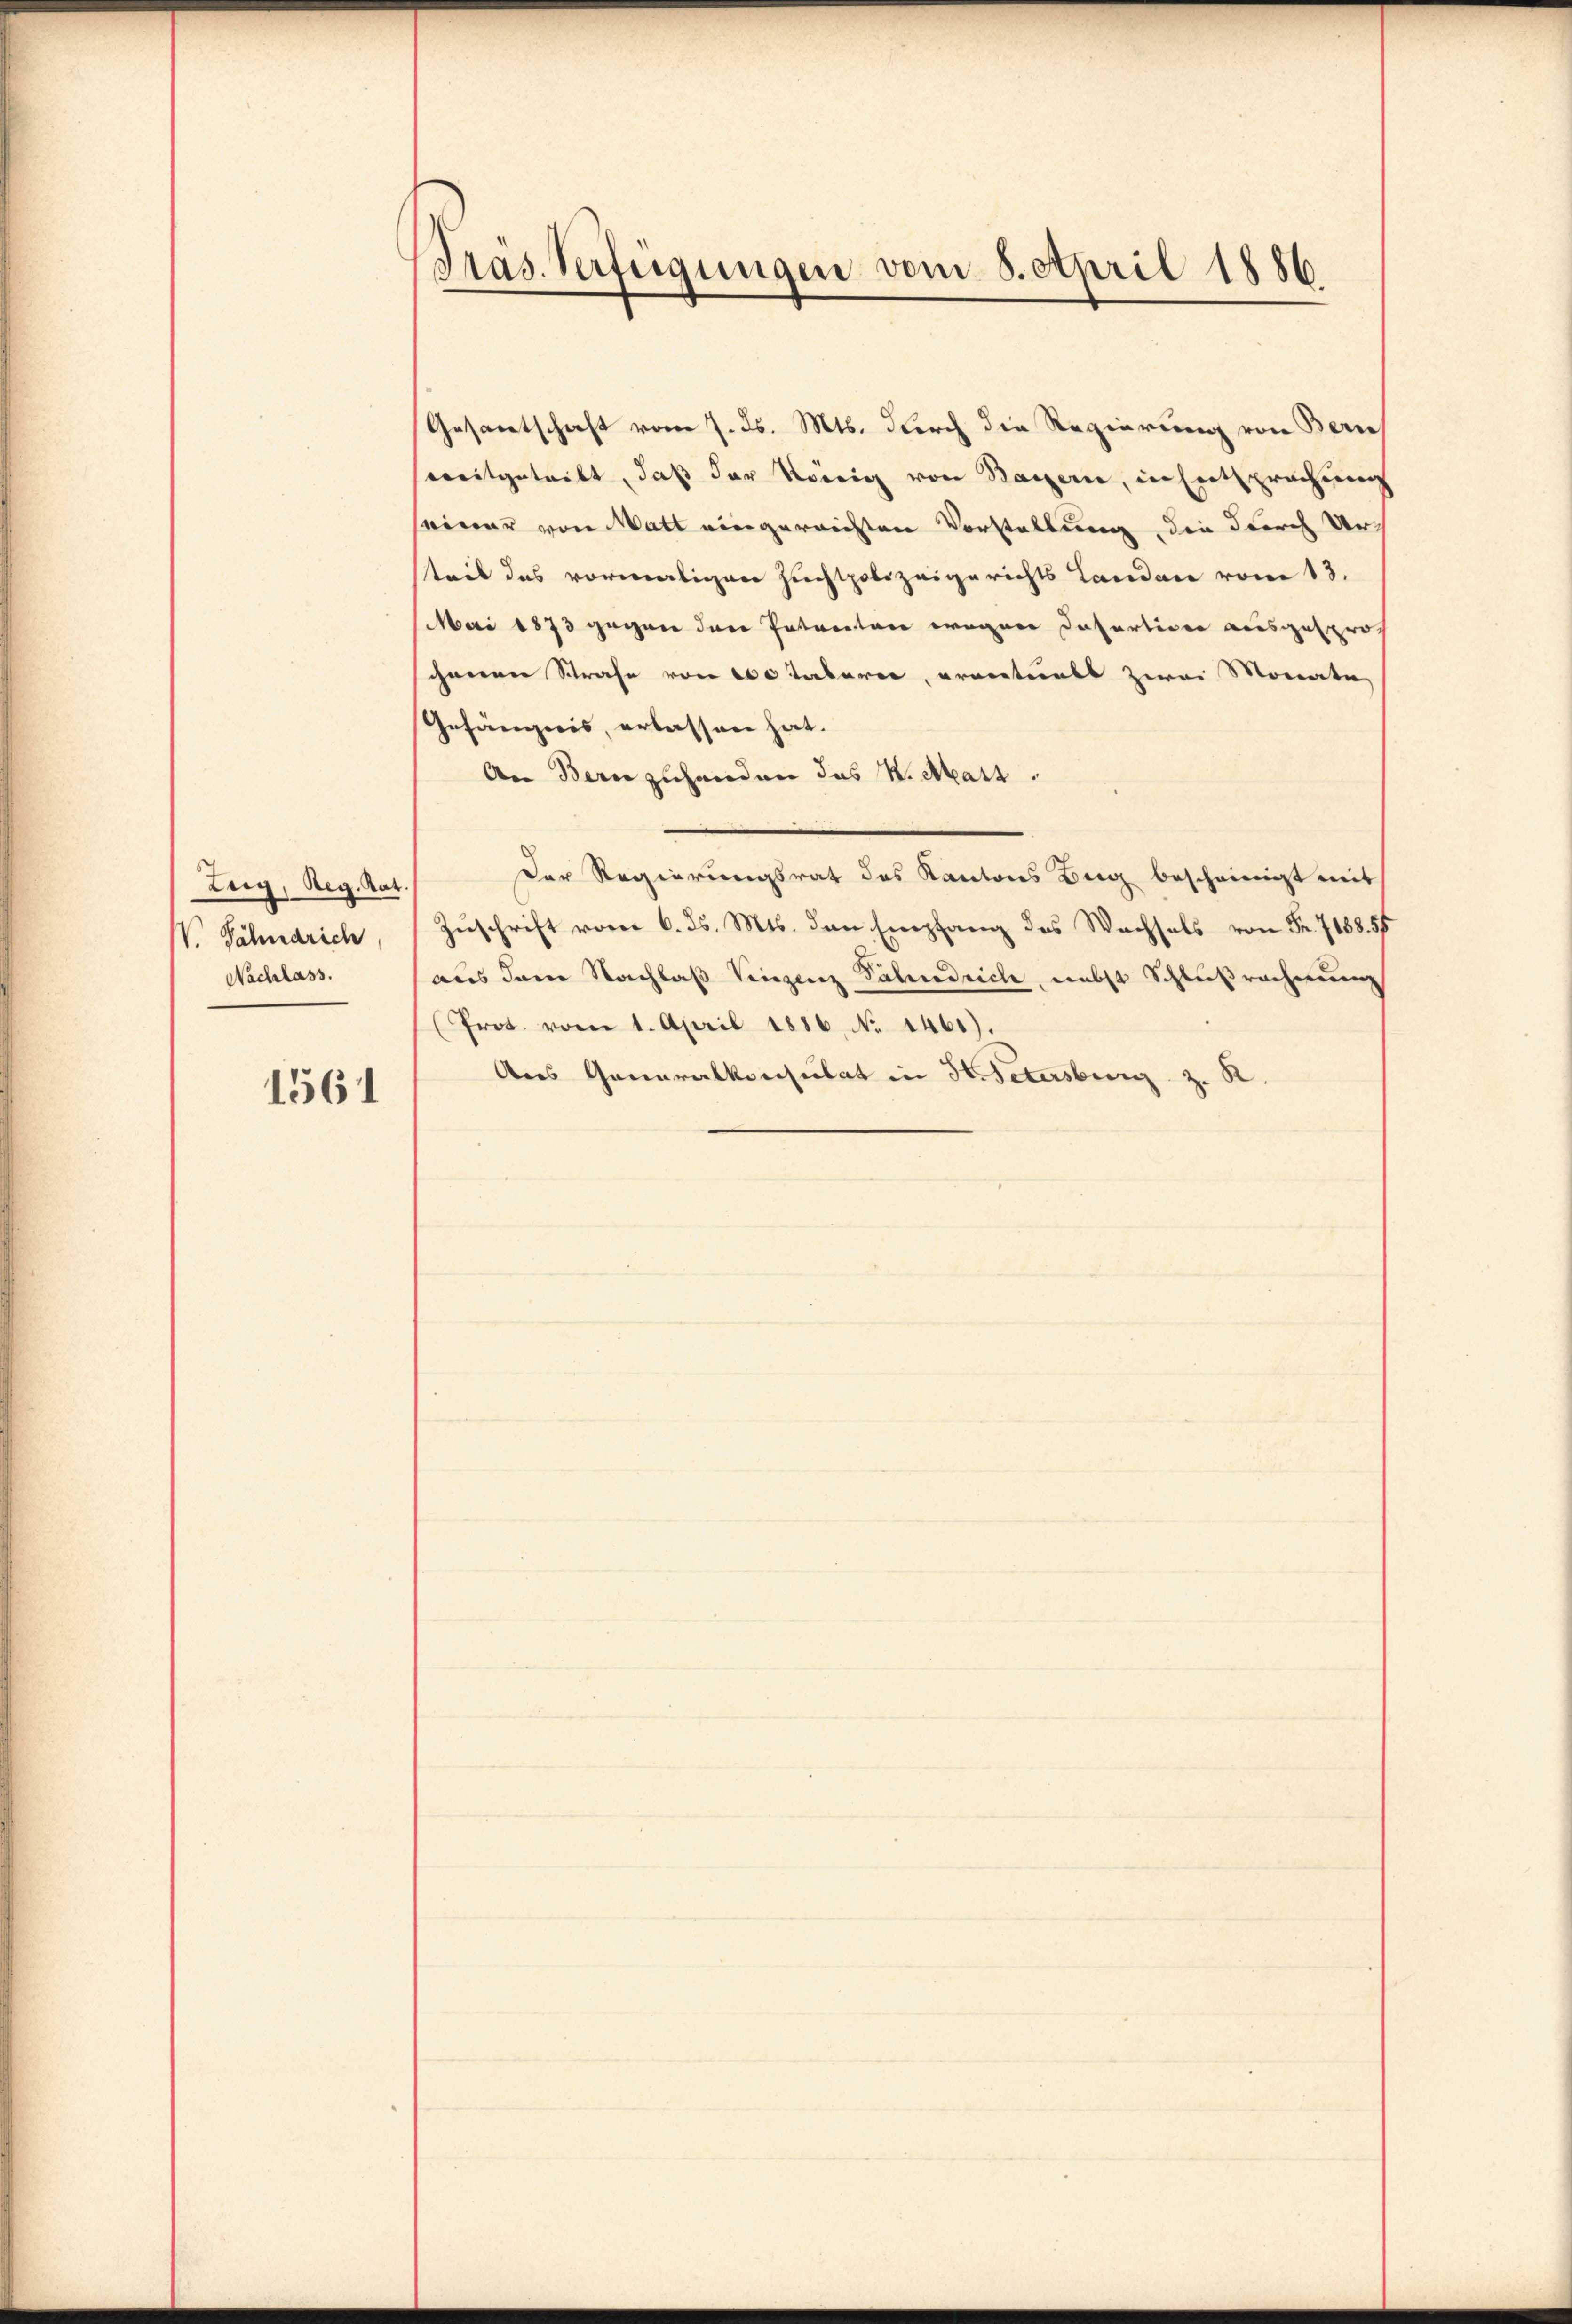
Zug, Reg. Rat
V. Fähnrich,
Nachlass.

1561

Präs. Verfügungen vom 8. April 1886.

Gesamtschaft vom 7. ds. Mts. durch die Regierung von Bern
soweitgeteilt, daß der König von Bayern, in Entsprechung
seiner von Watt eingereichten Vorstellung, die durch Urteil das vormaligen Zuchtpolizeigerichts Landen vom 13.
Mai 1873 gegen der Entreten wegen dasartion ausgesprochenen Strafe von 100 Tabarer, erventuels zwei Monate
Gefängnis, erlassen hat.
An Bern zuhanden das K. Mart.
Der Regierungsrat des Kantons Berg bescheinigt mit
Zuschrift vom 6. ds. Mts. den Empfang des Wachsels von Fr. 7188. 57
aus dem Nachlaβ Vinzenz Pahrdrich, nebst Schlußrechnung
(Prot. vom 1. April 1886. No 1461).
Aus Generalkonsulat in H. Petersburg z. R.